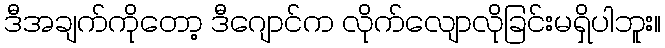
ဒီအချက်ကိုတော့ ဒီဂျောင်က လိုက်လျောလိုခြင်းမရှိပါဘူး။